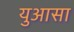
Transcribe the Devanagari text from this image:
युआसा